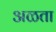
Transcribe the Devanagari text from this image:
अळता